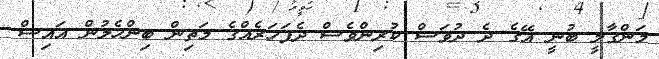
މަންގާލީ ބުނީ އޭގެ ދެ ދުވަސް ކުރިންވެސް ދެފަހަރެއްގެ މަތިން ބިންހެލުން އައިސް